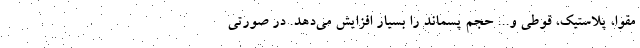
مقوا، پلاستیک، قوطی و... حجم پسماند را بسیار افزایش می‌دهد. در صورتی